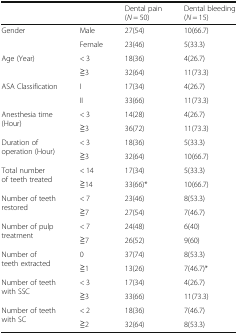
<table><thead><tr><td></td><td></td><td><b>Dental pain (<i>N</i> = 50)</b></td><td><b>Dental bleeding (<i>N</i> = 15)</b></td></tr></thead><tbody><tr><td rowspan="2">Gender</td><td>Male</td><td>27(54)</td><td>10(66.7)</td></tr><tr><td>Female</td><td>23(46)</td><td>5(33.3)</td></tr><tr><td rowspan="2">Age (Year)</td><td>&lt; 3</td><td>18(36)</td><td>4(26.7)</td></tr><tr><td>≧3</td><td>32(64)</td><td>11(73.3)</td></tr><tr><td rowspan="2">ASA Classification</td><td>I</td><td>17(34)</td><td>4(26.7)</td></tr><tr><td>II</td><td>33(66)</td><td>11(73.3)</td></tr><tr><td rowspan="2">Anesthesia time (Hour)</td><td>&lt; 3</td><td>14(28)</td><td>4(26.7)</td></tr><tr><td>≧3</td><td>36(72)</td><td>11(73.3)</td></tr><tr><td rowspan="2">Duration of operation (Hour)</td><td>&lt; 3</td><td>18(36)</td><td>5(33.3)</td></tr><tr><td>≧3</td><td>32(64)</td><td>10(66.7)</td></tr><tr><td rowspan="2">Total number of teeth treated</td><td>&lt; 14</td><td>17(34)</td><td>5(33.3)</td></tr><tr><td>≧14</td><td>33(66)*</td><td>10(66.7)</td></tr><tr><td rowspan="2">Number of teeth restored</td><td>&lt; 7</td><td>23(46)</td><td>8(53.3)</td></tr><tr><td>≧7</td><td>27(54)</td><td>7(46.7)</td></tr><tr><td rowspan="2">Number of pulp treatment</td><td>&lt; 7</td><td>24(48)</td><td>6(40)</td></tr><tr><td>≧7</td><td>26(52)</td><td>9(60)</td></tr><tr><td rowspan="2">Number of teeth extracted</td><td>0</td><td>37(74)</td><td>8(53.3)</td></tr><tr><td>≧1</td><td>13(26)</td><td>7(46.7)*</td></tr><tr><td rowspan="2">Number of teeth with SSC</td><td>&lt; 3</td><td>17(34)</td><td>4(26.7)</td></tr><tr><td>≧3</td><td>33(66)</td><td>11(73.3)</td></tr><tr><td rowspan="2">Number of teeth with SC</td><td>&lt; 2</td><td>18(36)</td><td>7(46.7)</td></tr><tr><td>≧2</td><td>32(64)</td><td>8(53.3)</td></tr></tbody></table>